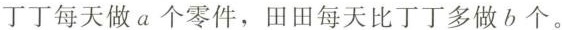
丁丁每天做a个零件，田田每天比丁丁多做b个。